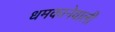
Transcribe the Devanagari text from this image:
धमकानेवाली